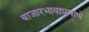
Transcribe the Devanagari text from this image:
बाजारभावाप्रमाणे